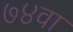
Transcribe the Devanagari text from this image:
७४वा